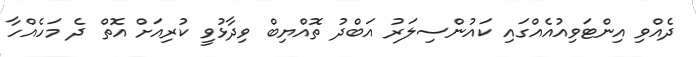
ދެއްވި އިންޓަވިއުއެއްގައި ކައުންސިލަރު އަބްދު ތޮއްޔިބް ވިދާޅުވީ ކުރިއަށް އޮތް ދެ މަހެއްހާ